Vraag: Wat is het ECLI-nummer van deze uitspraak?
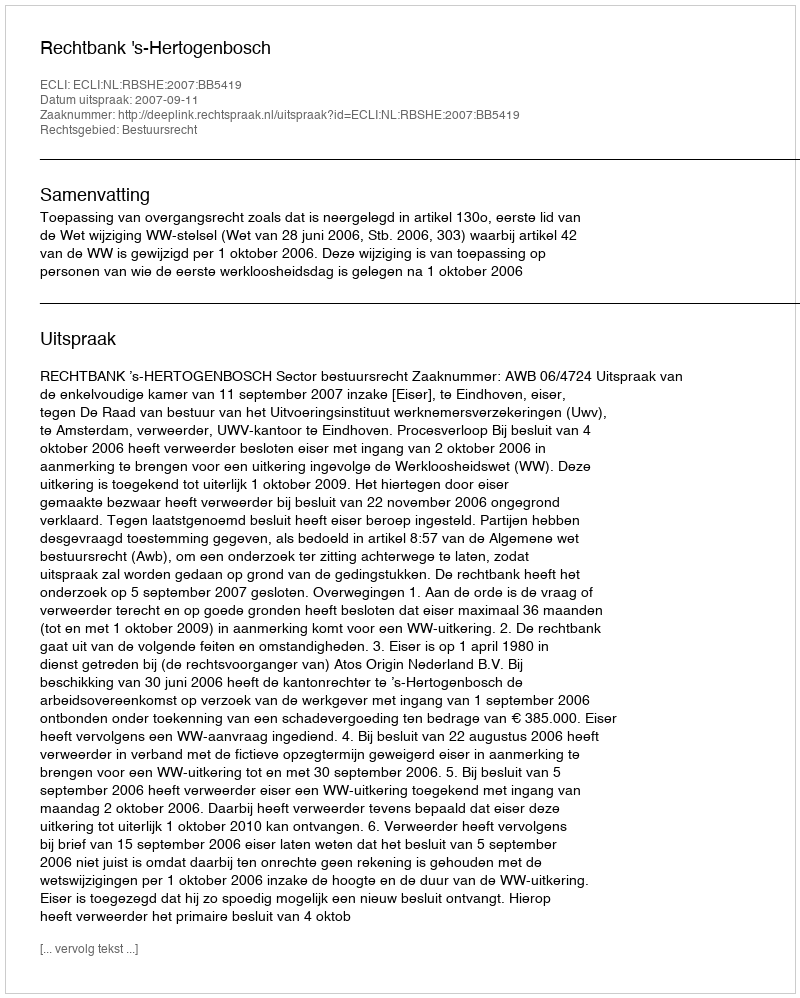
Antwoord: ECLI:NL:RBSHE:2007:BB5419